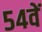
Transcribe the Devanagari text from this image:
५४वें